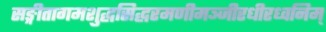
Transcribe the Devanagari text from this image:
सङ्गीतागमशुद्धसिद्धरमणीमञ्जीरधीरध्वनिम्